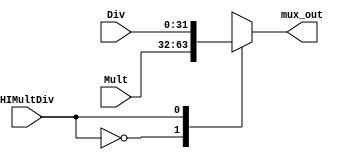
module MuxHighControl(HIMultDiv, Mult, Div, mux_out);
//feito
input HIMultDiv;
input [31:0] Mult;
input [31:0] Div;
output reg [31:0] mux_out;

always @ (HIMultDiv)
begin

case(HIMultDiv)
1'd0:mux_out <= Mult;
1'd1:mux_out <= Div;
endcase

end
endmodule